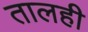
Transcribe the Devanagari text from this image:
तालही